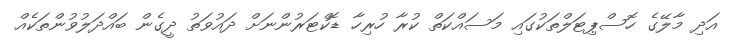
އަދި މާލޭގެ ހޮސްޕިޓަލްތަކުގައި މަސައްކަތް ކުރާ ހުރިހާ ޑޮކްޓަރުންނަށް ދައުވަތު ދީގެން ބައްދަލުވުންތަކެއް